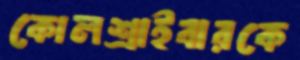
কোলশ্রাইবারকে